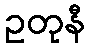
ဥတုနီ